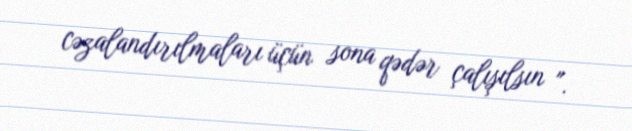
cəzalandırılmaları üçün sona qədər çalışılsın ".